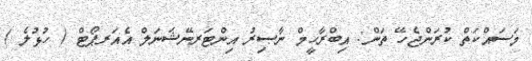
މަސައްކަތް ކުރަންޖެހޭ ތަން: އިބްރާހީމް ނާޞިރު އިންޓަރނޭޝަނަލް އެއަރޕޯޓް ( ހުޅުލެ )